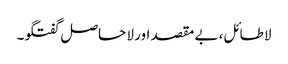
لا طائل، بے مقصد اور لا حاصل گفتگو۔